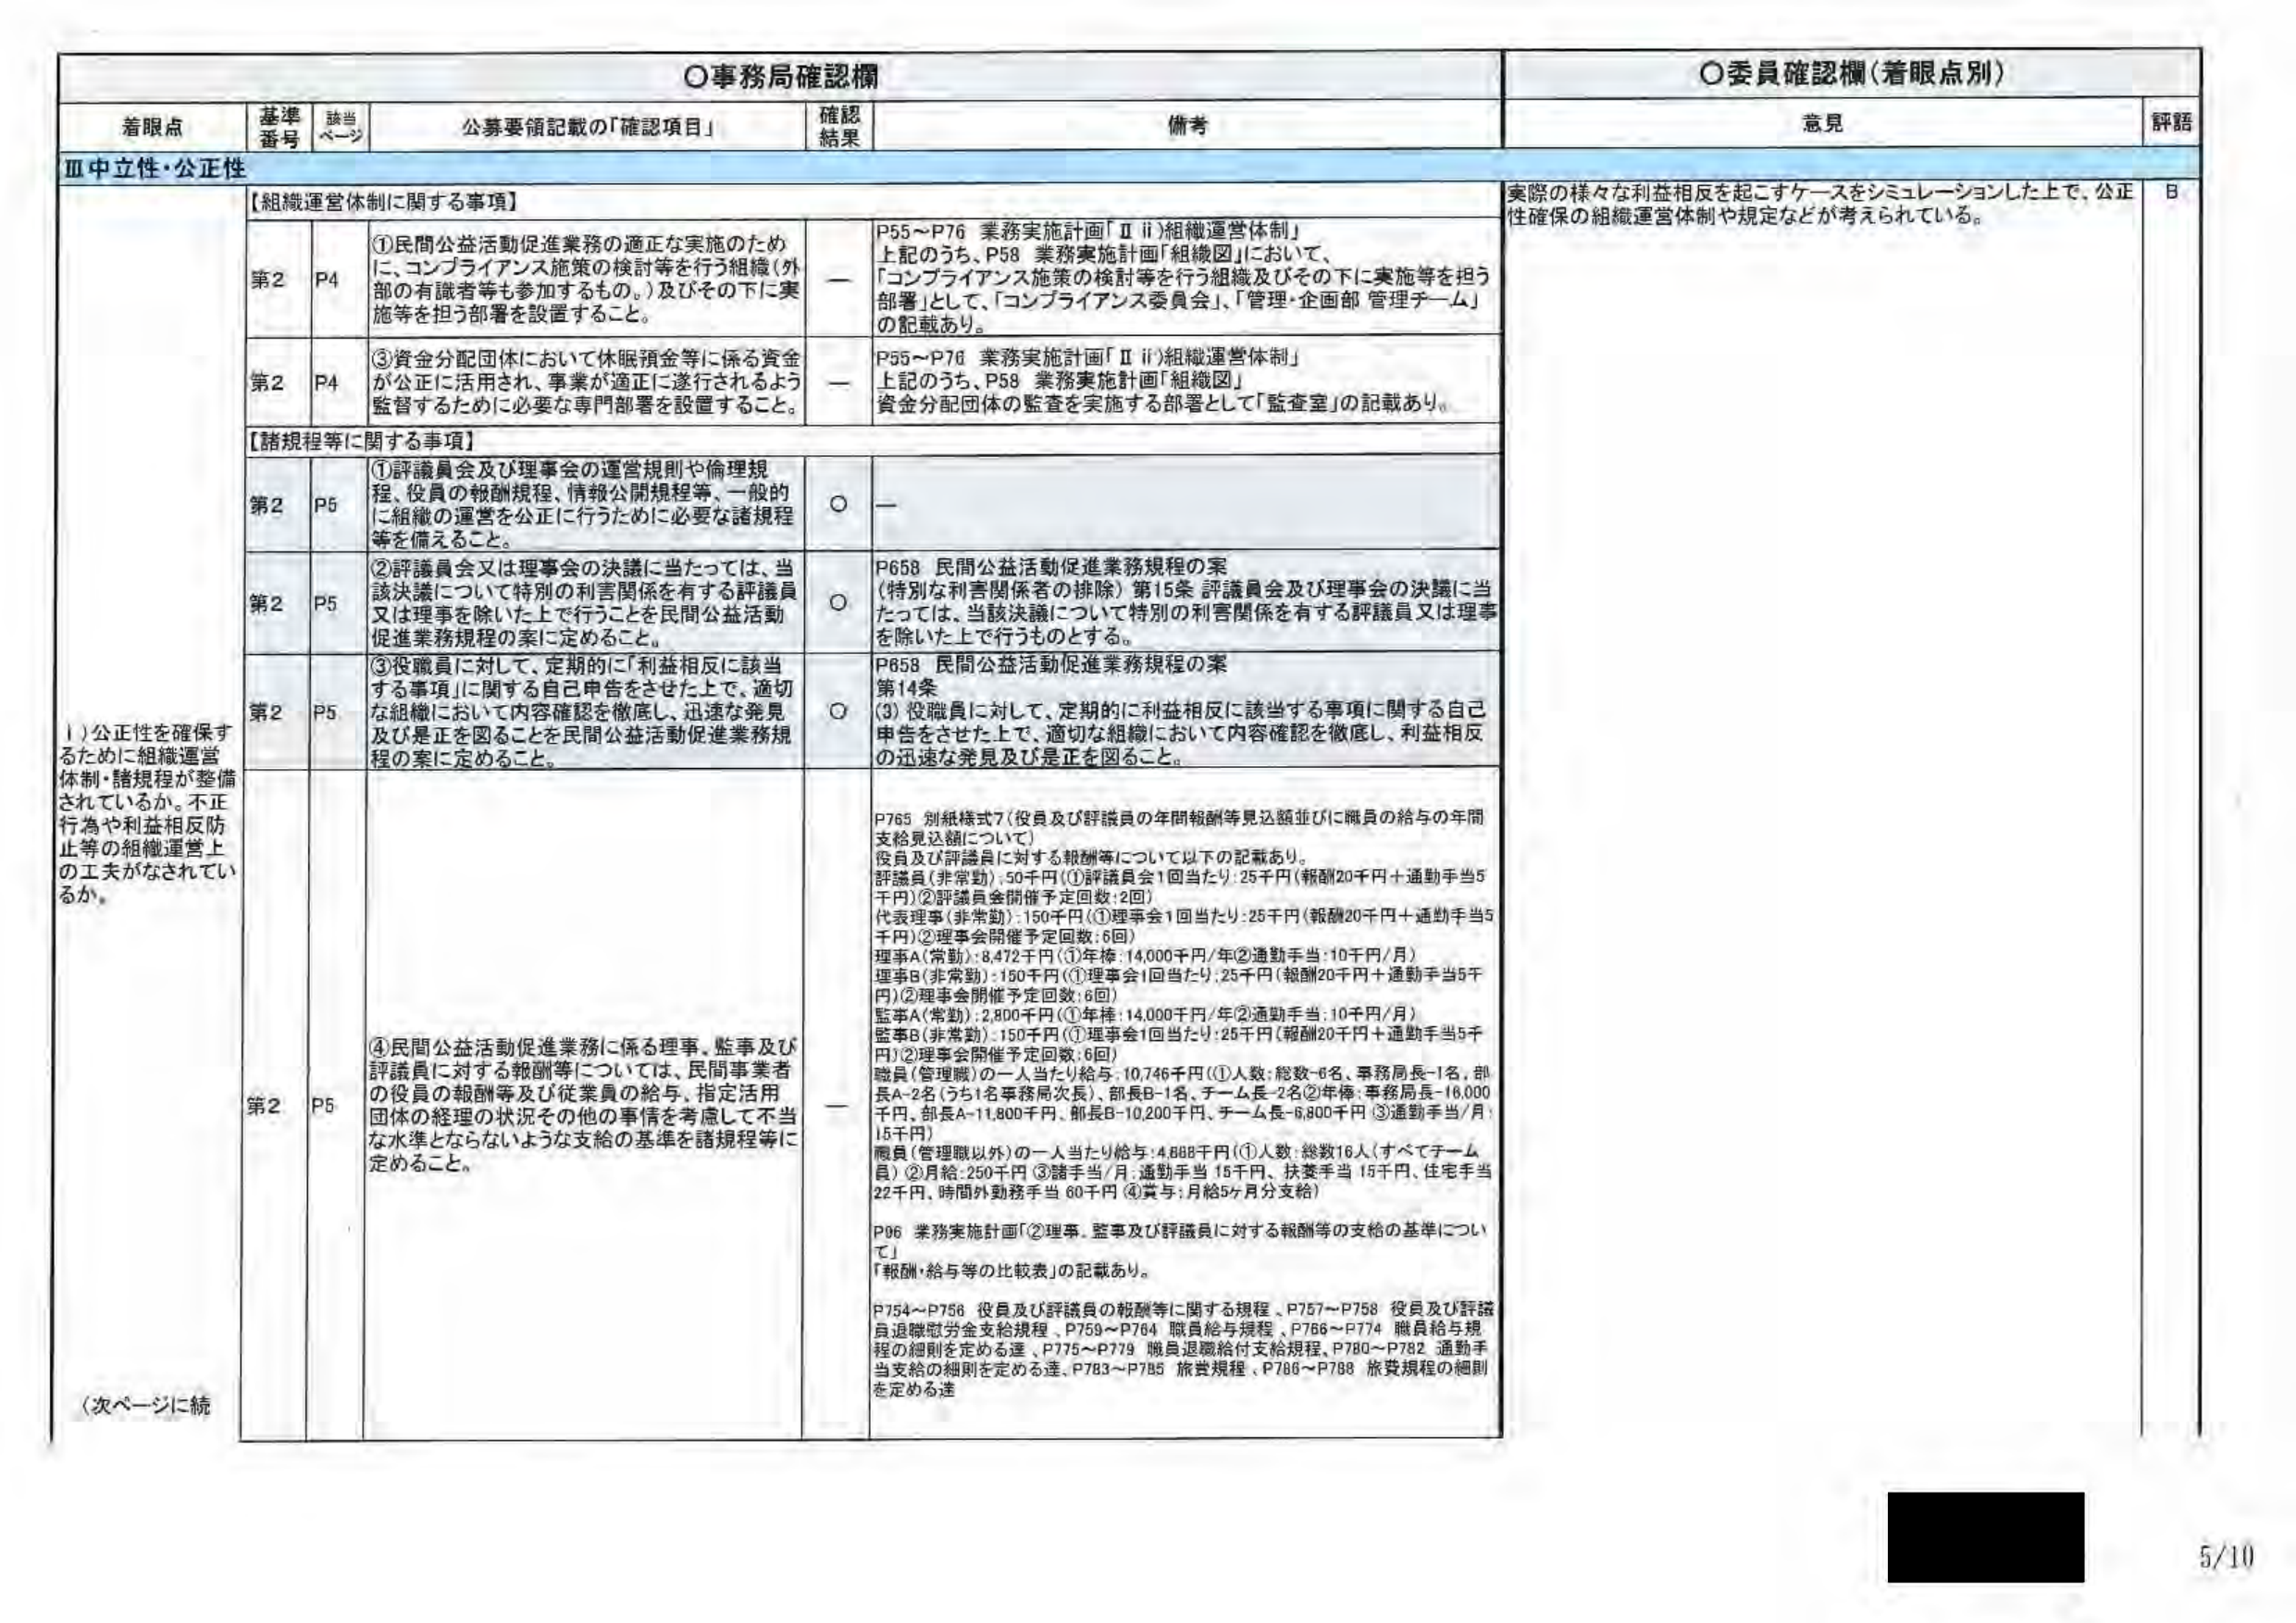
○事務局確認欄
○委員確認欄（着眼点別）

着眼点　　基準番号　該当ページ　公募要領記載の「確認項目」　確認結果　備考　　意見　　評語

Ⅲ中立性・公正性

【組織運営体制に関する事項】
第2　P4　①民間公益活動促進業務の適正な実施のため
に、コンプライアンス施策の検討等を行う組織（外部の有識者等も参加するもの。）及びその下に実施等を担う部署を設置すること。
－　P55～P76 業務実施計画「Ⅱ ii）組織運営体制」
上記のうち、P58 業務実施計画「組織図」において、
「コンプライアンス施策の検討等を行う組織及びその下に実施等を担う部署」として、「コンプライアンス委員会」、「管理・企画部 管理チーム」の記載あり。

第2　P4　③資金分配団体において休眠預金等に係る資金が公正に活用され、事業が適正に遂行されるよう監督するために必要な専門部署を設置すること。
－　P55～P76 業務実施計画「Ⅱ ii）組織運営体制」
上記のうち、P58 業務実施計画「組織図」
資金分配団体の監査を実施する部署として「監査室」の記載あり。

【諸規程等に関する事項】
第2　P5　①評議員会及び理事会の運営規則や倫理規程、役員の報酬規程、情報公開規程等、一般的に組織の運営を公正に行うために必要な諸規程等を備えること。
○　－

第2　P5　②評議員会又は理事会の決議に当たっては、当該決議について特別の利害関係を有する評議員又は理事を除いた上で行うことを民間公益活動促進業務規程の案に定めること。
○　P658 民間公益活動促進業務規程の案
（特別な利害関係者の排除）第15条 評議員会及び理事会の決議に当たっては、当該決議について特別の利害関係を有する評議員又は理事を除いた上で行うものとする。

第2　P5　③役職員に対して、定期的に「利益相反に該当する事項」に関する自己申告をさせた上で、適切な組織において内容確認を徹底し、迅速な発見及び是正を図ることを民間公益活動促進業務規程の案に定めること。
○　P658 民間公益活動促進業務規程の案
第14条
(3) 役職員に対して、定期的に利益相反に該当する事項に関する自己申告をさせた上で、適切な組織において内容確認を徹底し、利益相反の迅速な発見及び是正を図ること。

第2　P5　④民間公益活動促進業務に係る理事、監事及び評議員に対する報酬等については、民間事業者の役員の報酬等及び従業員の給与、指定活用団体の経理の状況その他の事情を考慮して不当な水準とならないような支給の基準を諸規程等に定めること。
－　P765 別紙様式7（役員及び評議員の年間報酬等見込額並びに職員の給与の年間支給見込額について）
役員及び評議員に対する報酬等について以下の記載あり。
評議員（非常勤）：50千円（①評議員会1回当たり：25千円（報酬20千円＋通勤手当5千円）②評議員会開催予定回数：2回）
代表理事（非常勤）：150千円（①理事会1回当たり：25千円（報酬20千円＋通勤手当5千円）②理事会開催予定回数：6回）
理事A（常勤）：8,472千円（①年棒：14,000千円/年②通勤手当：10千円/月）
理事B（非常勤）：150千円（①理事会1回当たり：25千円（報酬20千円＋通勤手当5千円）②理事会開催予定回数：6回）
監事A（常勤）：2,800千円（①年棒：14,000千円/年②通勤手当：10千円/月）
監事B（非常勤）：150千円（①理事会1回当たり：25千円（報酬20千円＋通勤手当5千円）②理事会開催予定回数：6回）
職員（管理職）の一人当たり給与：10,746千円（①人数：総数6名、事務局長-1名、部長A-2名（うち1名事務局次長）、部長B-1名、チーム長-2名②年棒：事務局長-16,000千円、部長A-11,800千円、部長B-10,200千円、チーム長-6,800千円 ③通勤手当/月：15千円）
職員（管理職以外）の一人当たり給与：4,668千円（①人数：総数16人（すべてチーム員）②月給：250千円 ③諸手当/月：通勤手当 15千円、扶養手当 15千円、住宅手当 22千円、時間外勤務手当 60千円 ④賞与：月給5ヶ月分支給）
P96 業務実施計画「②理事、監事及び評議員に対する報酬等の支給の基準について」
「報酬・給与等の比較表」の記載あり。
P754～P756 役員及び評議員の報酬等に関する規程、P757～P758 役員及び評議員退職慰労金支給規程、P759～P764 職員給与規程、P766～P774 職員給与規程の細則を定める達、P775～P779 職員退職給付支給規程、P780～P782 通勤手当支給の細則を定める達、P783～P785 旅費規程、P786～P788 旅費規程の細則を定める達

1）公正性を確保するために組織運営体制・諸規程が整備されているか。不正行為や利益相反防止等の組織運営上の工夫がなされているか。

（次ページに続）

実際の様々な利益相反を起こすケースをシミュレーションした上で、公正性確保の組織運営体制や規定などが考えられている。
B

5/10